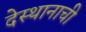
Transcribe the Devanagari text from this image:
देस्थानाची